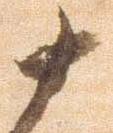
十